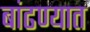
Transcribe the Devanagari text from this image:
बांढण्यात